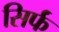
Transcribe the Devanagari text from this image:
सिर्फं